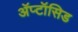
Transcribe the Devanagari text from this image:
अॅप्टॉसिड